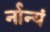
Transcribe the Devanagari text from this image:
र्नान्यं